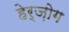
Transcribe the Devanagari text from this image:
हेर्ज़ोग